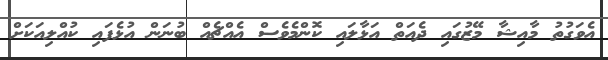
އެވަގުތު މާއިޝާ މޭޒުގައި ދެއަތް އަޅާލައި ކޮންމެވެސް އެއްޗެއް ބުނަން އުޅެފައި ކުއްލިއަކަށް